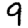
Digit: 9